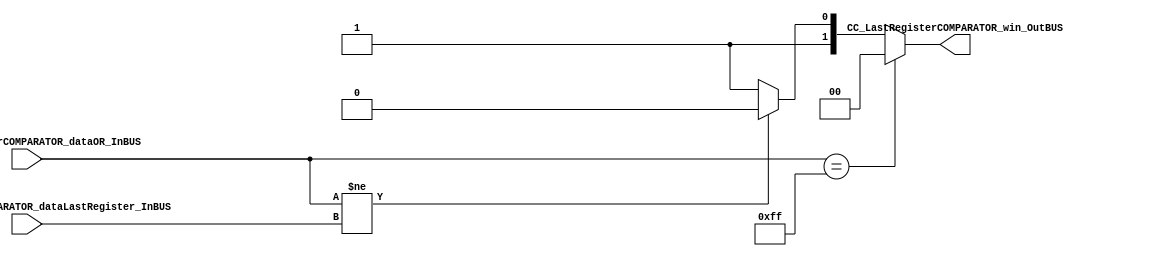
/*######################################################################
//#	G0B1T: HDL EXAMPLES. 2018.
//######################################################################
//# Copyright (C) 2018. F.E.Segura-Quijano (FES) fsegura@uniandes.edu.co
//# 
//# This program is free software: you can redistribute it and/or modify
//# it under the terms of the GNU General Public License as published by
//# the Free Software Foundation, version 3 of the License.
//#
//# This program is distributed in the hope that it will be useful,
//# but WITHOUT ANY WARRANTY; without even the implied warranty of
//# MERCHANTABILITY or FITNESS FOR A PARTICULAR PURPOSE.  See the
//# GNU General Public License for more details.
//#
//# You should have received a copy of the GNU General Public License
//# along with this program.  If not, see <http://www.gnu.org/licenses/>
//####################################################################*/
//=======================================================
//  MODULE Definition
//=======================================================
module CC_LastRegisterCOMPARATOR #(parameter LastRegisterCOMPARATOR_DATAWIDTH=8)(
//////////// OUTPUTS //////////
	CC_LastRegisterCOMPARATOR_win_OutBUS,
//////////// INPUTS //////////
	CC_LastRegisterCOMPARATOR_dataOR_InBUS,
	CC_LastRegisterCOMPARATOR_dataLastRegister_InBUS
);
//=======================================================
//  PARAMETER declarations
//=======================================================

//=======================================================
//  PORT declarations
//=======================================================
output reg	[1:0] CC_LastRegisterCOMPARATOR_win_OutBUS;
input 	[LastRegisterCOMPARATOR_DATAWIDTH-1:0] CC_LastRegisterCOMPARATOR_dataOR_InBUS;
input 	[LastRegisterCOMPARATOR_DATAWIDTH-1:0] CC_LastRegisterCOMPARATOR_dataLastRegister_InBUS;
//=======================================================
//  REG/WIRE declarations
//=======================================================
//=======================================================
//  Structural coding
//=======================================================
always @(*)
begin
	if( CC_LastRegisterCOMPARATOR_dataOR_InBUS == 8'b11111111)
		CC_LastRegisterCOMPARATOR_win_OutBUS = 2'b00;
	else if(CC_LastRegisterCOMPARATOR_dataOR_InBUS != CC_LastRegisterCOMPARATOR_dataLastRegister_InBUS)
		CC_LastRegisterCOMPARATOR_win_OutBUS = 2'b10;
	else
		CC_LastRegisterCOMPARATOR_win_OutBUS = 2'b11;
end

endmodule